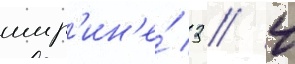
шир'ин'е́ 3 / 4